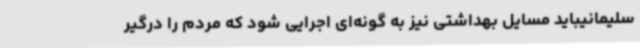
سلیمانیباید مسایل بهداشتی نیز به گونه‌ای اجرایی شود که مردم را درگیر